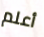
أعلم